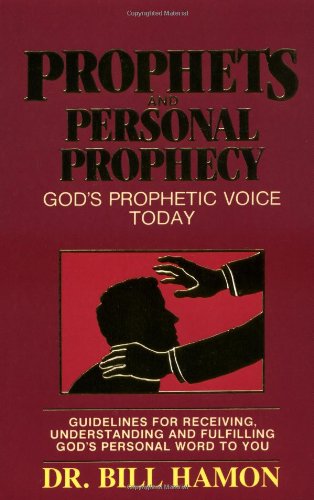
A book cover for Prophets and Personal Prophecy (Volume 1); Bill Hamon; Christian Books & Bibles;